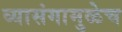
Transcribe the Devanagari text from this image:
व्यासंगामुळेच